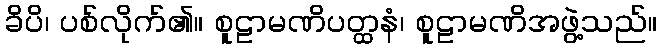
ခိပိ၊ ပစ်လိုက်၏။ စူဠာမဏိပတ္ထနံ၊ စူဠာမဏိအဖွဲ့သည်။